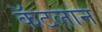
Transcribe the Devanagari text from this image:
कॅटलान